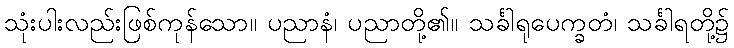
သုံးပါးလည်းဖြစ်ကုန်သော။ ပညာနံ၊ ပညာတို့၏။ သင်္ခါရုပေက္ခတံ၊ သင်္ခါရတို့၌